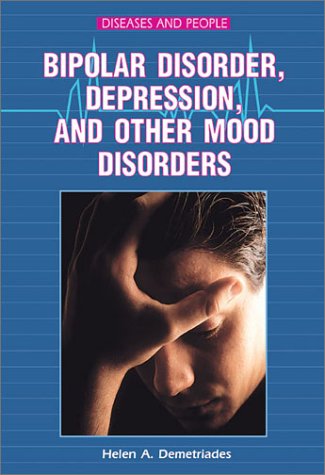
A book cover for Bipolar Disorder, Depression, and Other Mood (Diseases and People); Helen A. Demetriades; Teen & Young Adult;